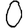
Digit: 0